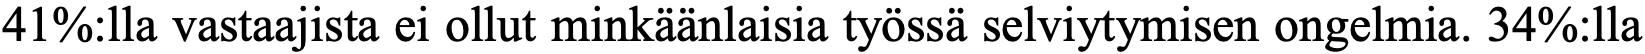
41%:lla vastaajista ei ollut minkäänlaisia työssä selviytymisen ongelmia. 34%:lla